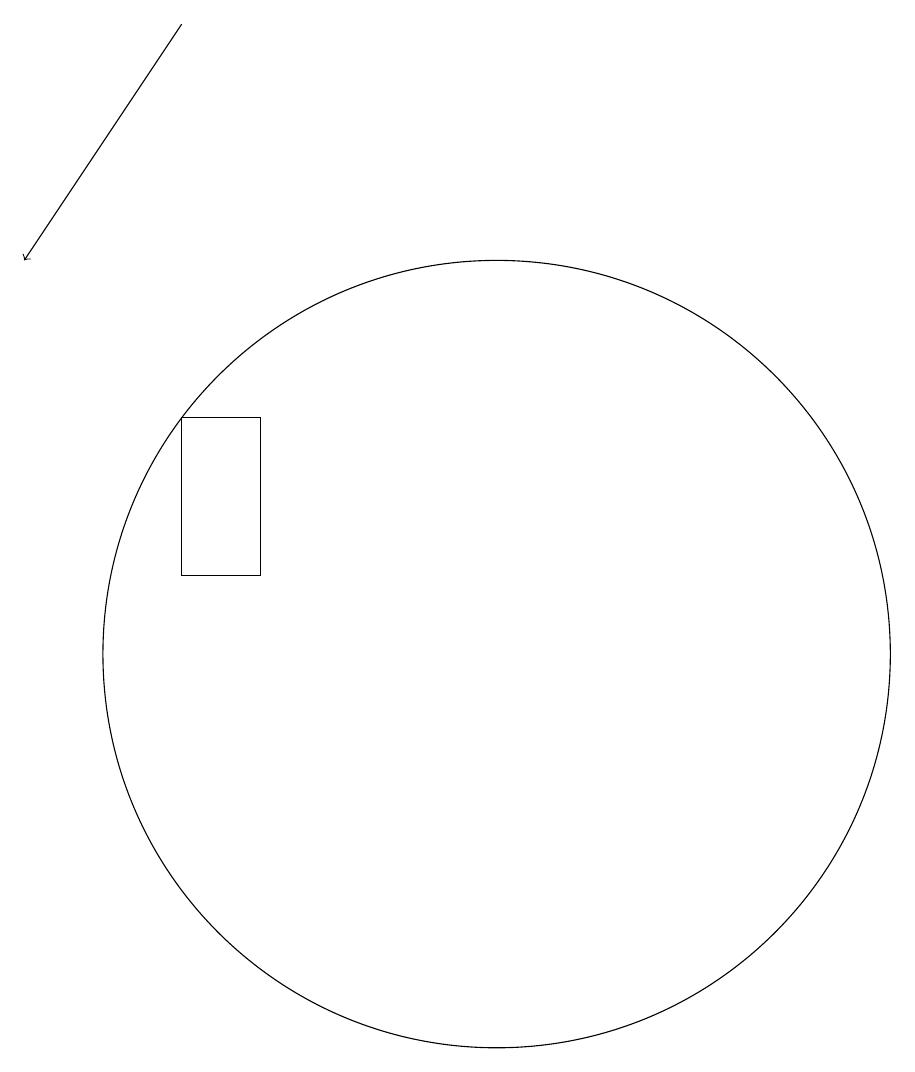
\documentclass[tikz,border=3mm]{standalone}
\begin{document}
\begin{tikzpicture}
\draw[->] (7,18) -- (5,15);
\draw (7,13) rectangle (8,11);
\draw (11,10) circle (5);
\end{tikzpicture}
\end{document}